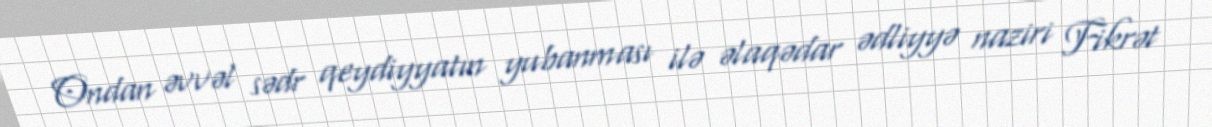
Ondan əvvəl sədr qeydiyyatın yubanması ilə əlaqədar ədliyyə naziri Fikrət